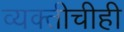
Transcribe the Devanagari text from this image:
व्यक्तीचीही